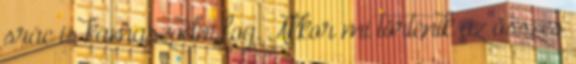
srác is kamaszodni fog. Akkor mi történik az összes